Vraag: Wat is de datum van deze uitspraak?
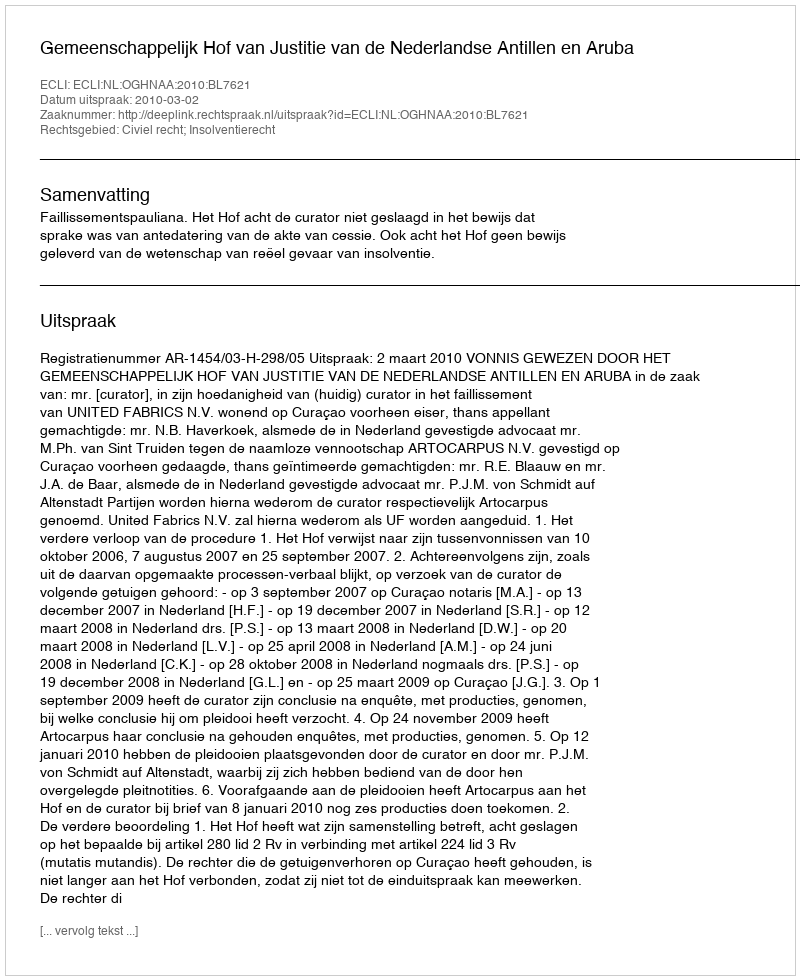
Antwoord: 2010-03-02